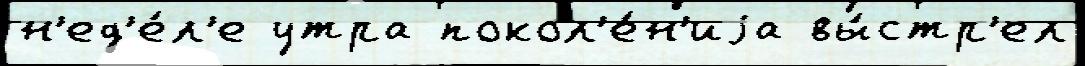
н'ед'е́л'е утра покол'е́н'иjа вы́стр'ел